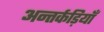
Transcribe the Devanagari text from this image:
अन्तर्कड़ियाँ